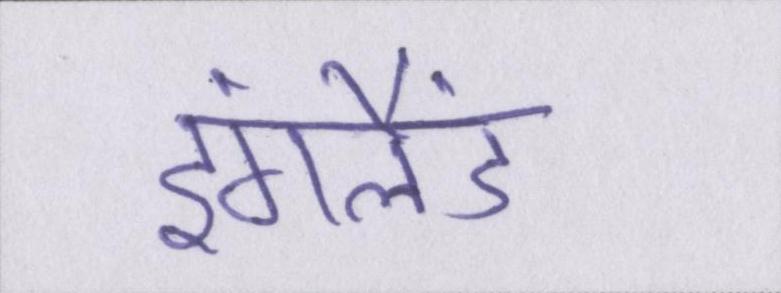
इंगलैंड